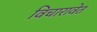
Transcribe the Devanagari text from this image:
विचारावेत